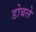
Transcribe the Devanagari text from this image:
डोबले